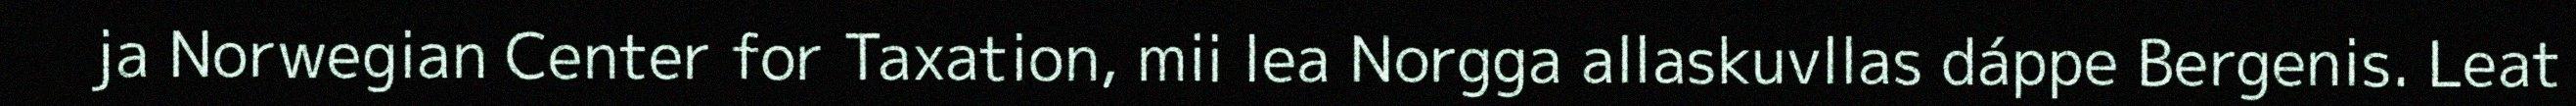
ja Norwegian Center for Taxation, mii lea Norgga allaskuvllas dáppe Bergenis. Leat